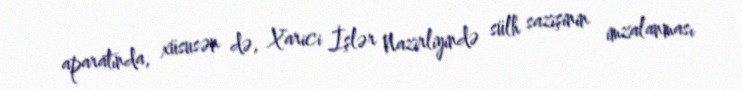
aparatında, xüsusən də, Xarici İşlər Nazirliyində sülh sazişinin imzalanması